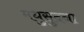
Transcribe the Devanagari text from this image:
मधुसुदना